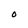
Character: O